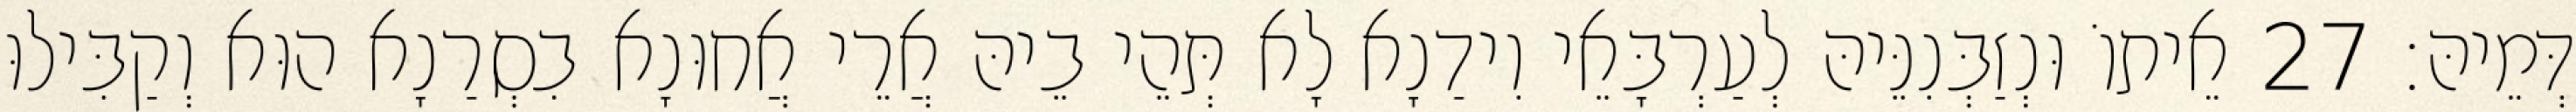
דְּמֵיהּ׃ 27 אֵיתוֹ וּנְזַבְּנִנֵּיהּ לְעַרְבָּאֵי וִידַנָא לָא תְּהֵי בֵיהּ אֲרֵי אֲחוּנָא בִסְרַנָא הוּא וְקַבִּילוּ